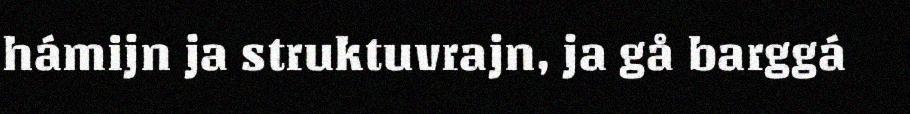
hámijn ja struktuvrajn, ja gå barggá